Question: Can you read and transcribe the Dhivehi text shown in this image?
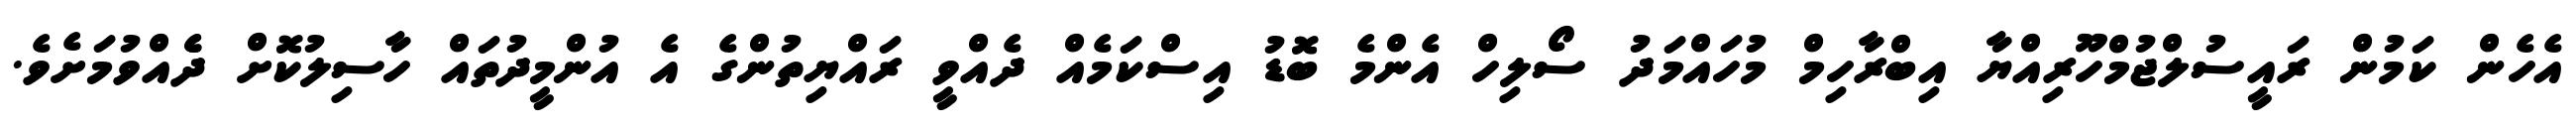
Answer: އެހެން ކަމުން ރައީސުލްޖުމްހޫރިއްޔާ އިބްރާހިމް މުހައްމަދު ސޯލިހް އެންމެ ބޮޑު އިސްކަމެއް ދެއްވީ ރައްޔިތުންގެ އެ އުންމީދުތައް ހާސިލުކޮށް ދެެއްވުމަށެވެ.